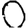
Digit: 0